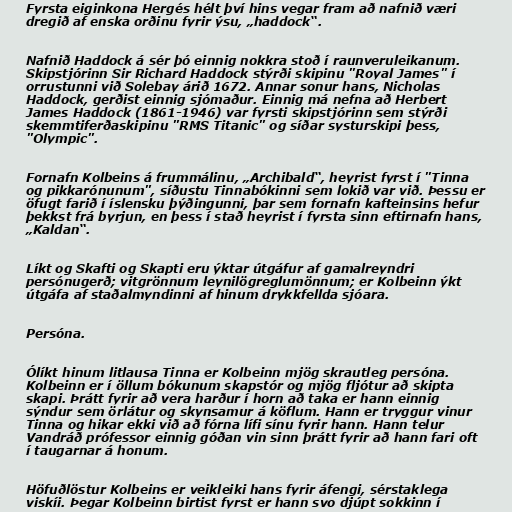
Fyrsta eiginkona Hergés hélt því hins vegar fram að nafnið væri
dregið af enska orðinu fyrir ýsu, „haddock“.

Nafnið Haddock á sér þó einnig nokkra stoð í raunveruleikanum.
Skipstjórinn Sir Richard Haddock stýrði skipinu "Royal James" í
orrustunni við Solebay árið 1672. Annar sonur hans, Nicholas
Haddock, gerðist einnig sjómaður. Einnig má nefna að Herbert
James Haddock (1861-1946) var fyrsti skipstjórinn sem stýrði
skemmtiferðaskipinu "RMS Titanic" og síðar systurskipi þess,
"Olympic".

Fornafn Kolbeins á frummálinu, „Archibald“, heyrist fyrst í "Tinna
og pikkarónunum", síðustu Tinnabókinni sem lokið var við. Þessu er
öfugt farið í íslensku þýðingunni, þar sem fornafn kafteinsins hefur
þekkst frá byrjun, en þess í stað heyrist í fyrsta sinn eftirnafn hans,
„Kaldan“.

Líkt og Skafti og Skapti eru ýktar útgáfur af gamalreyndri
persónugerð; vitgrönnum leynilögreglumönnum; er Kolbeinn ýkt
útgáfa af staðalmyndinni af hinum drykkfellda sjóara.

Persóna.

Ólíkt hinum litlausa Tinna er Kolbeinn mjög skrautleg persóna.
Kolbeinn er í öllum bókunum skapstór og mjög fljótur að skipta
skapi. Þrátt fyrir að vera harður í horn að taka er hann einnig
sýndur sem örlátur og skynsamur á köflum. Hann er tryggur vinur
Tinna og hikar ekki við að fórna lífi sínu fyrir hann. Hann telur
Vandráð prófessor einnig góðan vin sinn þrátt fyrir að hann fari oft
í taugarnar á honum.

Höfuðlöstur Kolbeins er veikleiki hans fyrir áfengi, sérstaklega
viskíi. Þegar Kolbeinn birtist fyrst er hann svo djúpt sokkinn í